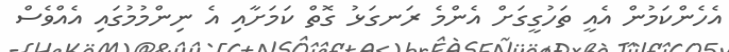
އެހެންކަމުން އެއީ ތަހުގީގަށް އެންމެ ރަނގަޅު ގޮތް ކަމަށާއި އެ ނިންމުމުގައި އެއްވެސް